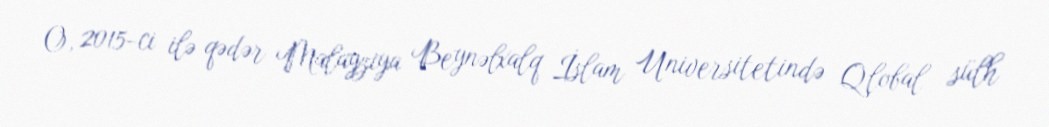
O, 2015-ci ilə qədər Malayziya Beynəlxalq İslam Universitetində Qlobal sülh